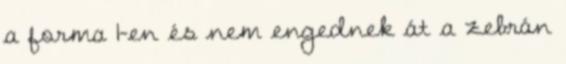
a forma 1-en és nem engednek át a zebrán